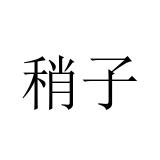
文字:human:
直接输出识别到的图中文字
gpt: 稍子